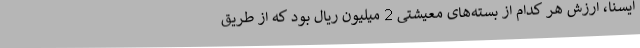
ایسنا، ارزش هر کدام از بسته‌های معیشتی 2 میلیون ریال بود که از طریق